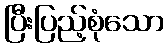
ပြီးပြည့်စုံသော